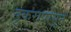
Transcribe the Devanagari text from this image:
डुकरापासून